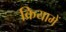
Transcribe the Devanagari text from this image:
क्रियामें